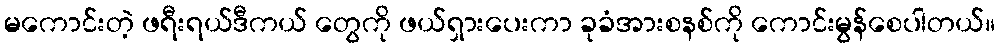
မကောင်းတဲ့ ဖရီးရယ်ဒီကယ် တွေကို ဖယ်ရှားပေးကာ ခုခံအားစနစ်ကို ကောင်းမွန်စေပါတယ်။